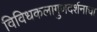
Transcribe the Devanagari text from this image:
विविधकलागुणदर्शनाचा